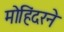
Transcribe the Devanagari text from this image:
मोहिंदरने